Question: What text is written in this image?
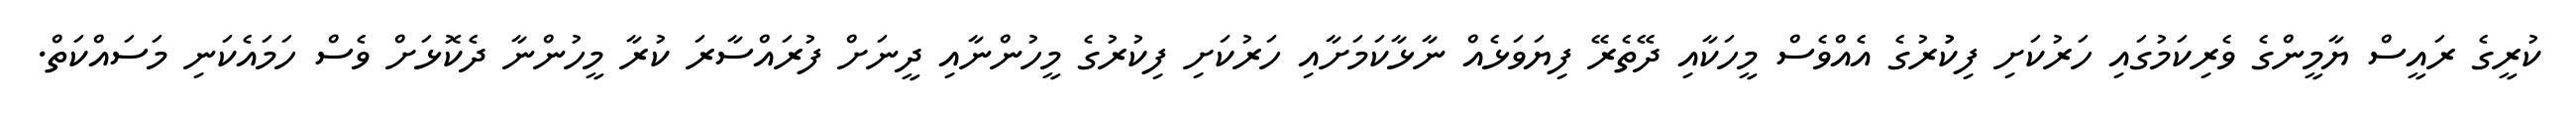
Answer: ކުރީގެ ރައީސް ޔާމީންގެ ވެރިކަމުގައި ހަރުކަށި ފިކުުރުގެ އެއްވެސް މީހަކާއި ދޭތެރޭ ފިޔަވަޅެއް ނާޅާކަމަށާއި ހަރުކަށި ފިކުރުގެ މީހުންނާއި ދީނަށް ފުރައްސާރަ ކުރާ މީހުންނާ ދެކޮޅަށް ވެސް ހަމައެކަނި މަސައްކަތް.